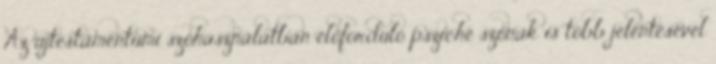
Az újtestámentumi szóhasználatban előforduló psziché szónak is több jelentésével